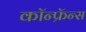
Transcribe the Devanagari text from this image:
कॉन्फ्रॅन्स